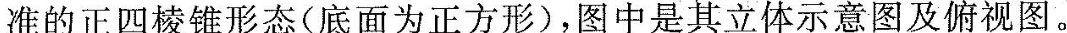
准的正四棱锥形态(底面为正方形)，图中是其立体示意图及俯视图。